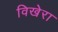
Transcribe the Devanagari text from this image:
विखेरा